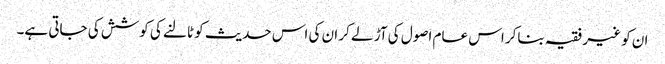
ان کو غیر فقیہ بناکر اس عام اصول کی آڑ لے کر ان کی اس حدیث کو ٹالنے کی کوشش کی جاتی ہے۔